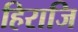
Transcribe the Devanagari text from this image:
हिराजि